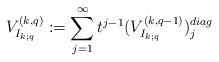
LaTeX: \begin{align*}V^{(k,q)}_{I_{k;q}}:= \sum_{j=1}^{\infty}t^{j-1}(V^{(k,q-1)}_{I_{k;q}})^{diag}_j \,\end{align*}